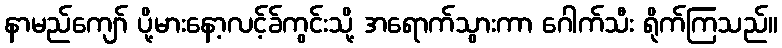
နာမည်ကျော် ပို့မားနော့လင့်ခ်ကွင်းသို့ အရောက်သွားကာ ဂေါက်သီး ရိုက်ကြသည်။